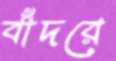
বাঁদরে